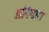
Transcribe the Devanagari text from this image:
अनियारा